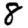
Digit: 8